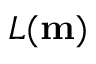
L ( \mathbf { m } )